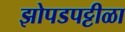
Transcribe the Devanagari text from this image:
झोपडपट्टीळा